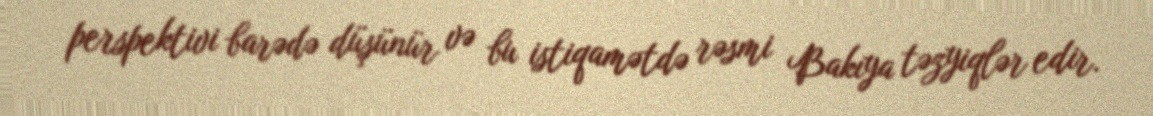
perspektivi barədə düşünür və bu istiqamətdə rəsmi Bakıya təzyiqlər edir.